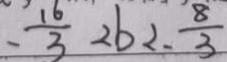
- \frac { 1 6 } { 3 } 2 b 2 . \frac { 8 } { 3 }